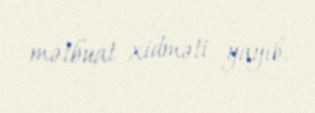
mətbuat xidməti yayıb.